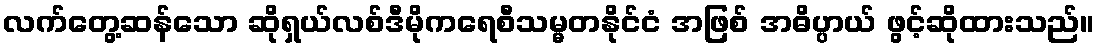
လက်တွေ့ဆန်သော ဆိုရှယ်လစ်ဒီမိုကရေစီသမ္မတနိုင်ငံ အဖြစ် အဓိပ္ပာယ် ဖွင့်ဆိုထားသည်။